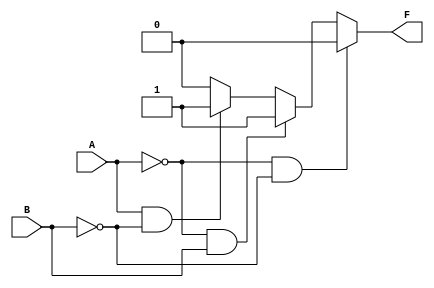
module k_map_2var (
    input wire A,         // First input variable
    input wire B,         // Second input variable
    output wire F         // Output variable
);

// Define the outputs for each cell in the K-map
// F0, F1, F2, and F3 are specific output values for K-map cells
// For example, let's assume F0 = 0, F1 = 1, F2 = 1, F3 = 0
localparam F0 = 0;  // Output for A=0, B=0
localparam F1 = 1;  // Output for A=0, B=1
localparam F2 = 1;  // Output for A=1, B=0
localparam F3 = 0;  // Output for A=1, B=1

// Combinational logic for output F based on K-map
assign F = (A == 0 && B == 0) ? F0 :  // Cell 0
           (A == 0 && B == 1) ? F1 :  // Cell 1
           (A == 1 && B == 0) ? F2 :  // Cell 2
           (A == 1 && B == 1) ? F3 :  // Cell 3
           1'b0;                       // Default case, shouldn't occur

endmodule